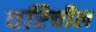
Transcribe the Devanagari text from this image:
वरिचील